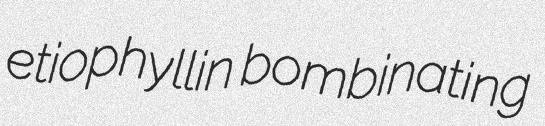
etiophyllin bombinating